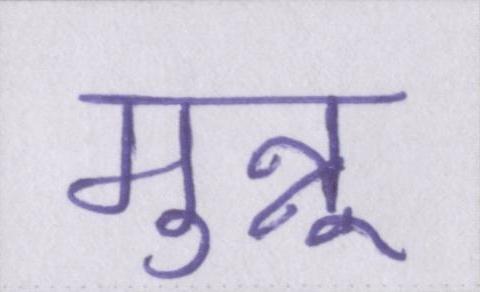
मुन्नू